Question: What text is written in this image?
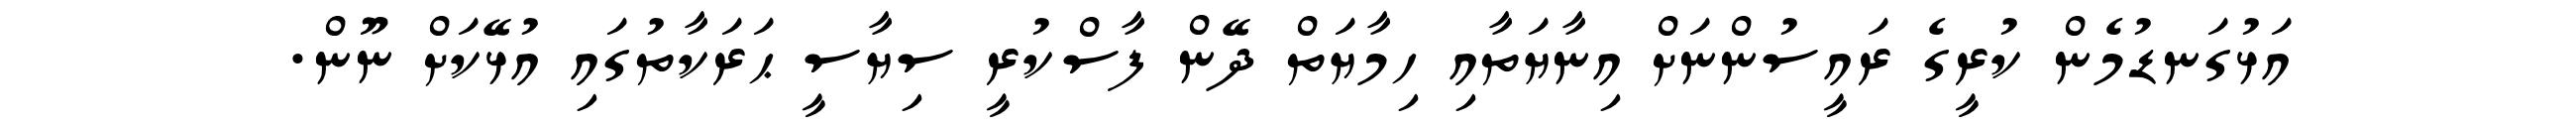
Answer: އަޅުގަނޑުމެން ކުރީގެ ރައީސުންނަށް އިނާޔަތާއި ހިމާޔަތް ދޭން ފާސްކުރީ ސިޔާސީ ޙަރަކާތުގައި އުޅޭކަށް ނޫން.